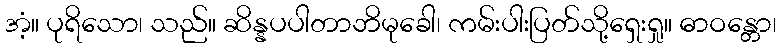
အံ့။ ပုရိသော၊ သည်။ ဆိန္နပပါတာဘိမုခေါ၊ ကမ်းပါးပြတ်သို့ရှေးရှု။ ဓာဝန္တော၊